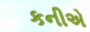
કનીએ